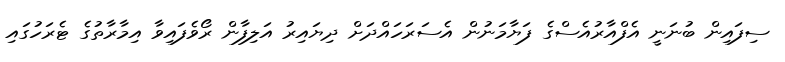
ސިފައިން ބުނަނީ އެފްއާރުއެސްގެ ފަޔާމަނުން އެސަރަހައްދަށް ދިޔައިރު އަލިފާން ރޯވެފައިވާ އިމާރާތުގެ ޓެރަހުގައި